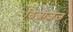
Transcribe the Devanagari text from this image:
डिजीज़ेज